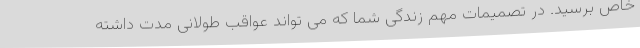
خاص برسید. در تصمیمات مهم زندگی شما که می تواند عواقب طولانی مدت داشته